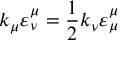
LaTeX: k _ { \mu } \varepsilon _ { \nu } ^ { \mu } = \frac { 1 } { 2 } k _ { \nu } \varepsilon _ { \mu } ^ { \mu }